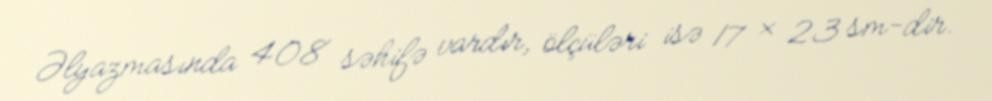
Əlyazmasında 408 səhifə vardır, ölçüləri isə 17 × 23 sm-dir.